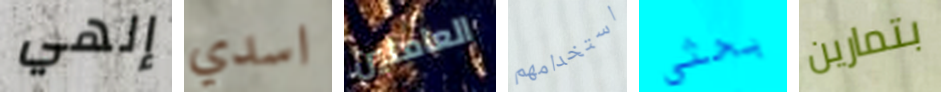
إلهي اسدي العاملين استخدامهم بحثي بتمارين